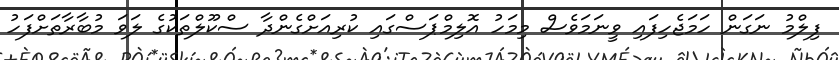
ފިލްމު ނަގަން ހަމަޖެހިފައި ވީނަމަވެސް މިމަހު އޮލިމްޕަސްގައި ކުރިއަށްގެންދާ ސްކޫލްތަކުގެ ލަވަ މުބާރާތަށްފަހު